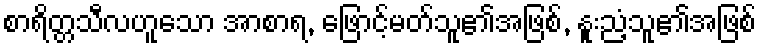
စာရိတ္တသီလဟူသော အာစာရ, ဖြောင့်မတ်သူ၏အဖြစ်, နူးညံ့သူ၏အဖြစ်